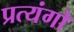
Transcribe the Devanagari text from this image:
प्रत्यंगो